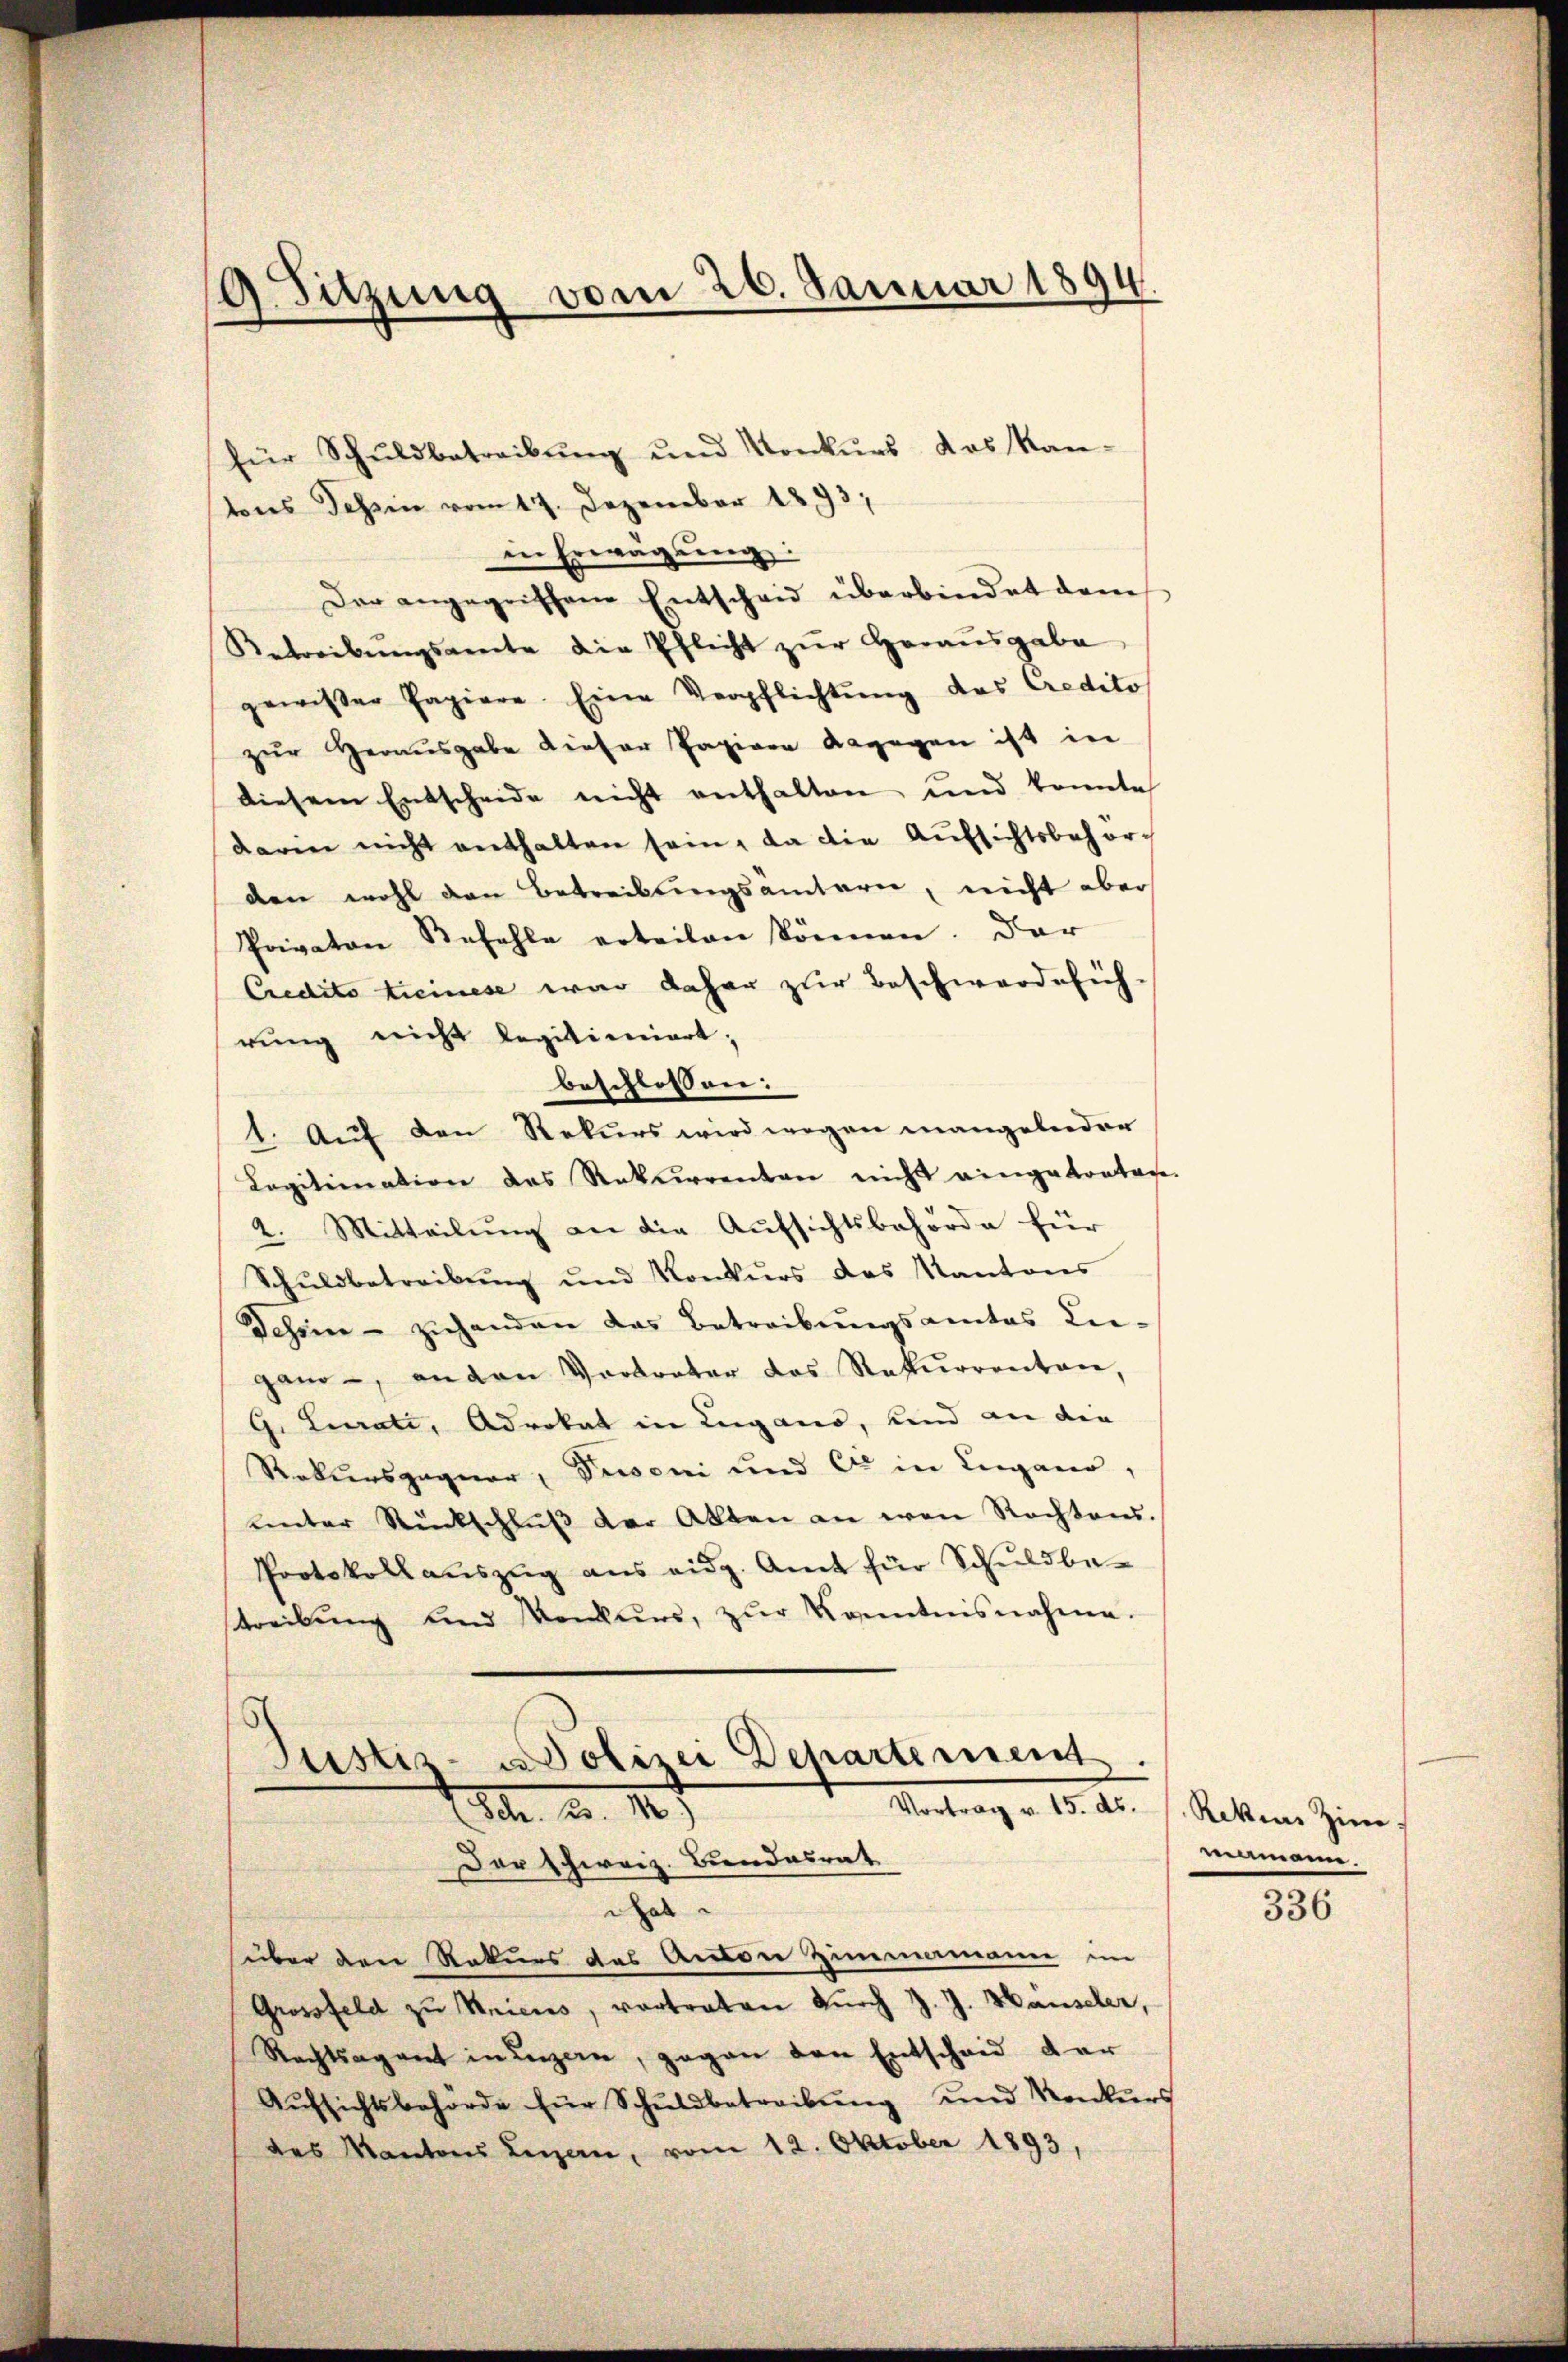
9. Sitzung vom 26. Januar 1894.

für Schŭldbetreibŭng ŭnd Konkŭrs das Kan-
tons Tessin vom 17. Dezember 1893,
in Erwägung:
Der angegriffene Entscheid überbindet dann
Betreibŭngsrente die Pflicht zŭr Herausgabe
gewisser Papiere. Eine Verpflichtung des Credito
zur Herausgabe dieser Papiere dagegen ist in
diesem Entscheide nicht enthalten, und konnte
darin nicht enthalten sein, da die Aufsichtsbehörden wohl den Betreibungsämtern, nicht aber
Privaten Befehle erteilen können. Dar
Credito treinese war daher zur Beschwerdelich-
rung nicht legitioniert;
beschlossen:
1. Aŭf den Rekurs wird wegen mangelnder
Kagitimation des Rekurrenten nicht eingetraten.
2. Mitteilŭng an die Aufsichtsbehörde für
Schŭldbetreibŭng und Konkŭrs des Kantons
Schien - ziehenden das Betreibungsamtes Lie-
gano, anden Vortreter das Rekurrentare,
G. Lucrati, Advokat in Lugano, und an die
Rekursgager, Personi und die in Lengager,
ŭnter Rückschlŭβ der Akten an von Rechtens.
Protokoll aŭszŭg ans eidg. Amt für Schuldbe-
streibŭng und Konkurs, zŭr Kenntnisnahme.

Justiz- & Polizei Departement.
A. a. 187
Vortrag v. 15. ds. 1. Rekurs Zim
Der Schweiz. Bundesrat

hat
über den Rekurs des Anton Zimmamanne im
Grossfeld zŭ Kniens, vortraten dŭrch J. J. Hauseler,
Rechtsagant in Luzern, gegen den Entschaid der
Aŭfsichtsbehörde für Schŭldbetreibŭng und Konkurs
des Kantons Luzern, vom 12. Oktober 1893,

mamanne.

336